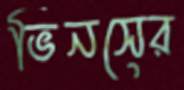
ভিনসের